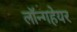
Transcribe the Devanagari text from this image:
लॉन्गहेयर